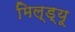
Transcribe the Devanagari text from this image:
मिल्ड्यू